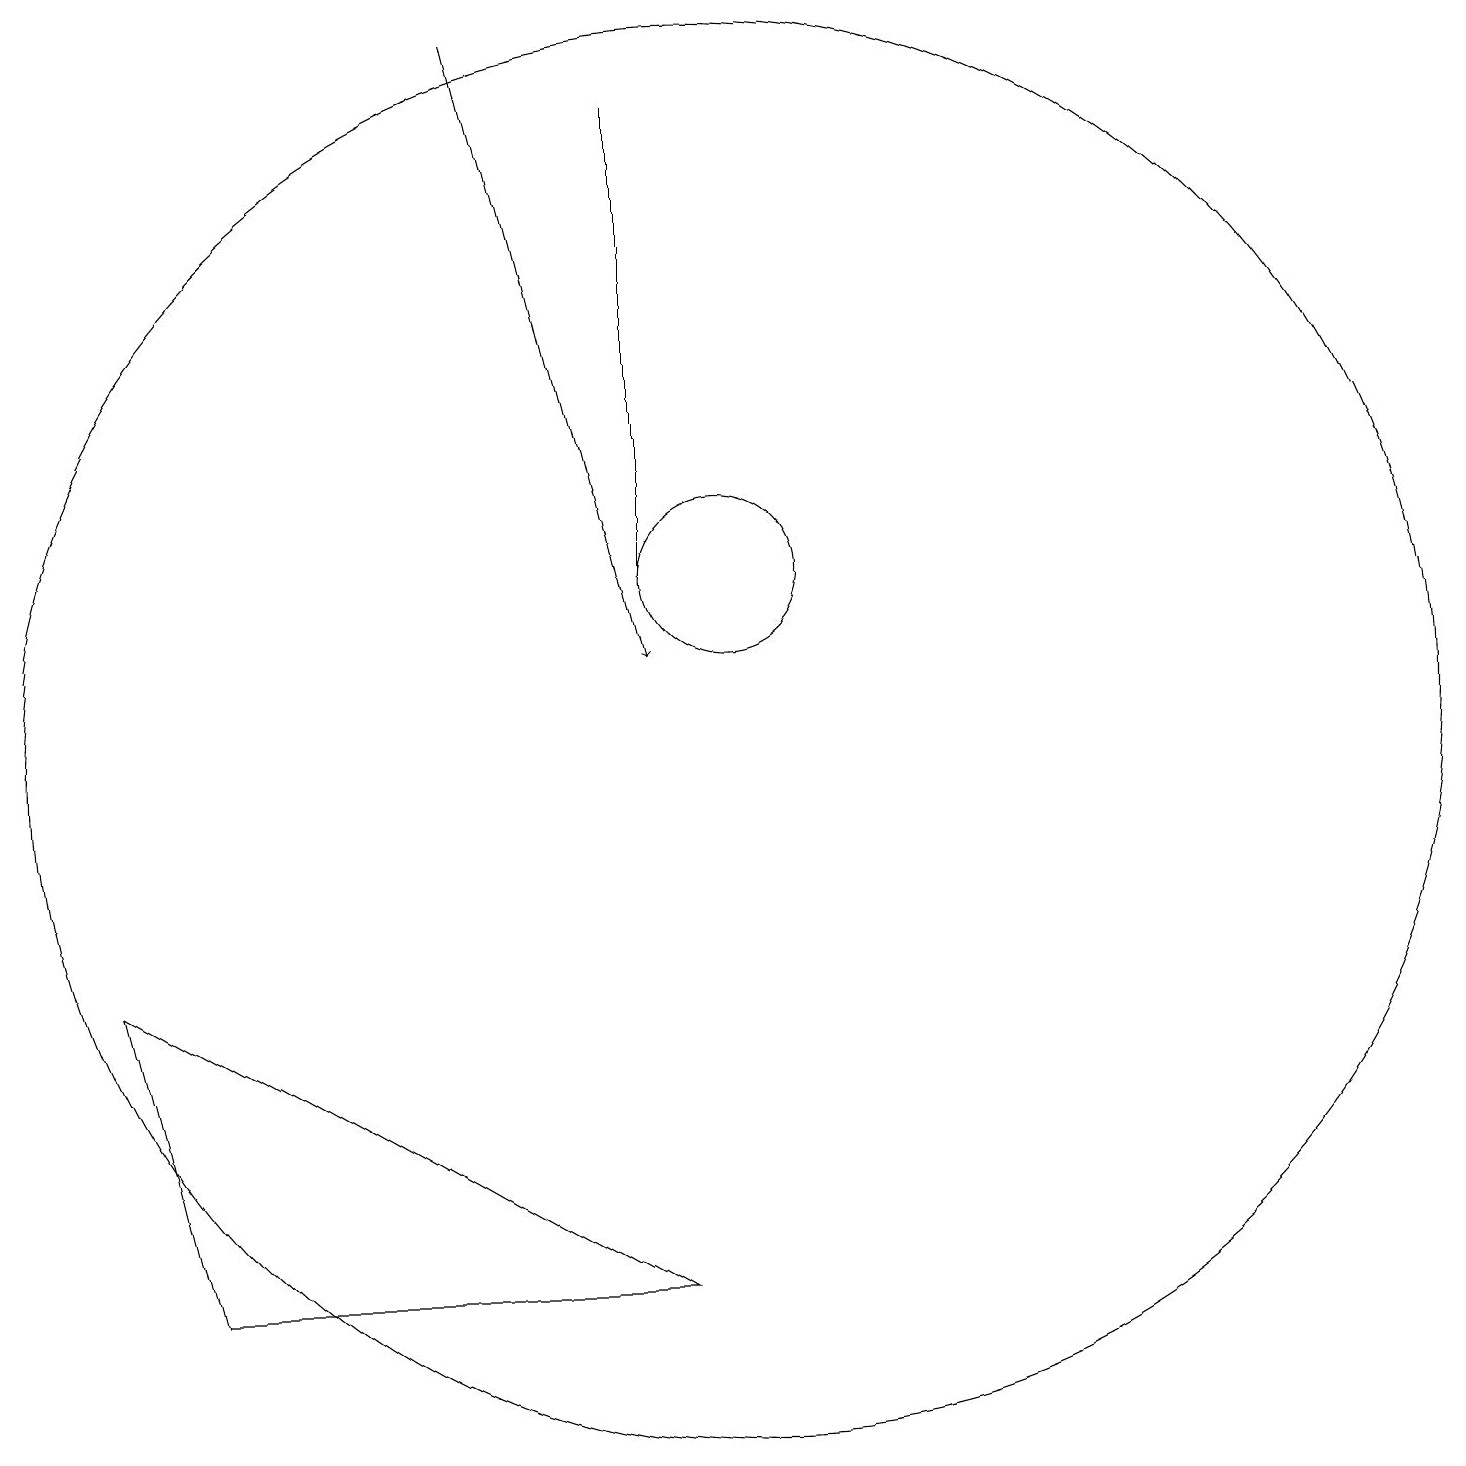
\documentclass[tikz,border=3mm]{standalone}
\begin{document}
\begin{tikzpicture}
\draw[->] (7,19) -- (9,11);
\draw (10,12) circle (1);
\draw (11,11) circle (0);
\draw (9,3) -- (3,3) -- (2,7) -- cycle;
\draw (10,10) circle (9);
\draw (9,12) rectangle (9,18);
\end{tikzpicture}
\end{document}